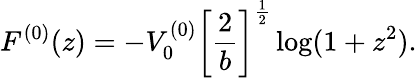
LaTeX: F^{(0)}(z)=-V_{0}^{(0)}\left[\frac{2}{b}\right]^{\frac{1}{2}}\log(1+z^{2}).